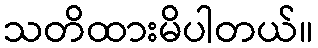
သတိထားမိပါတယ်။